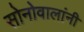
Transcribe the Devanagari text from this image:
सोनोवालांनी